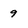
Character: 9